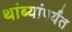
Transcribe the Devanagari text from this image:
थांब्यांपर्यंत